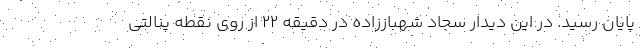
پایان رسید. در این دیدار سجاد شهباززاده در دقیقه ۲۲ از روی نقطه پنالتی